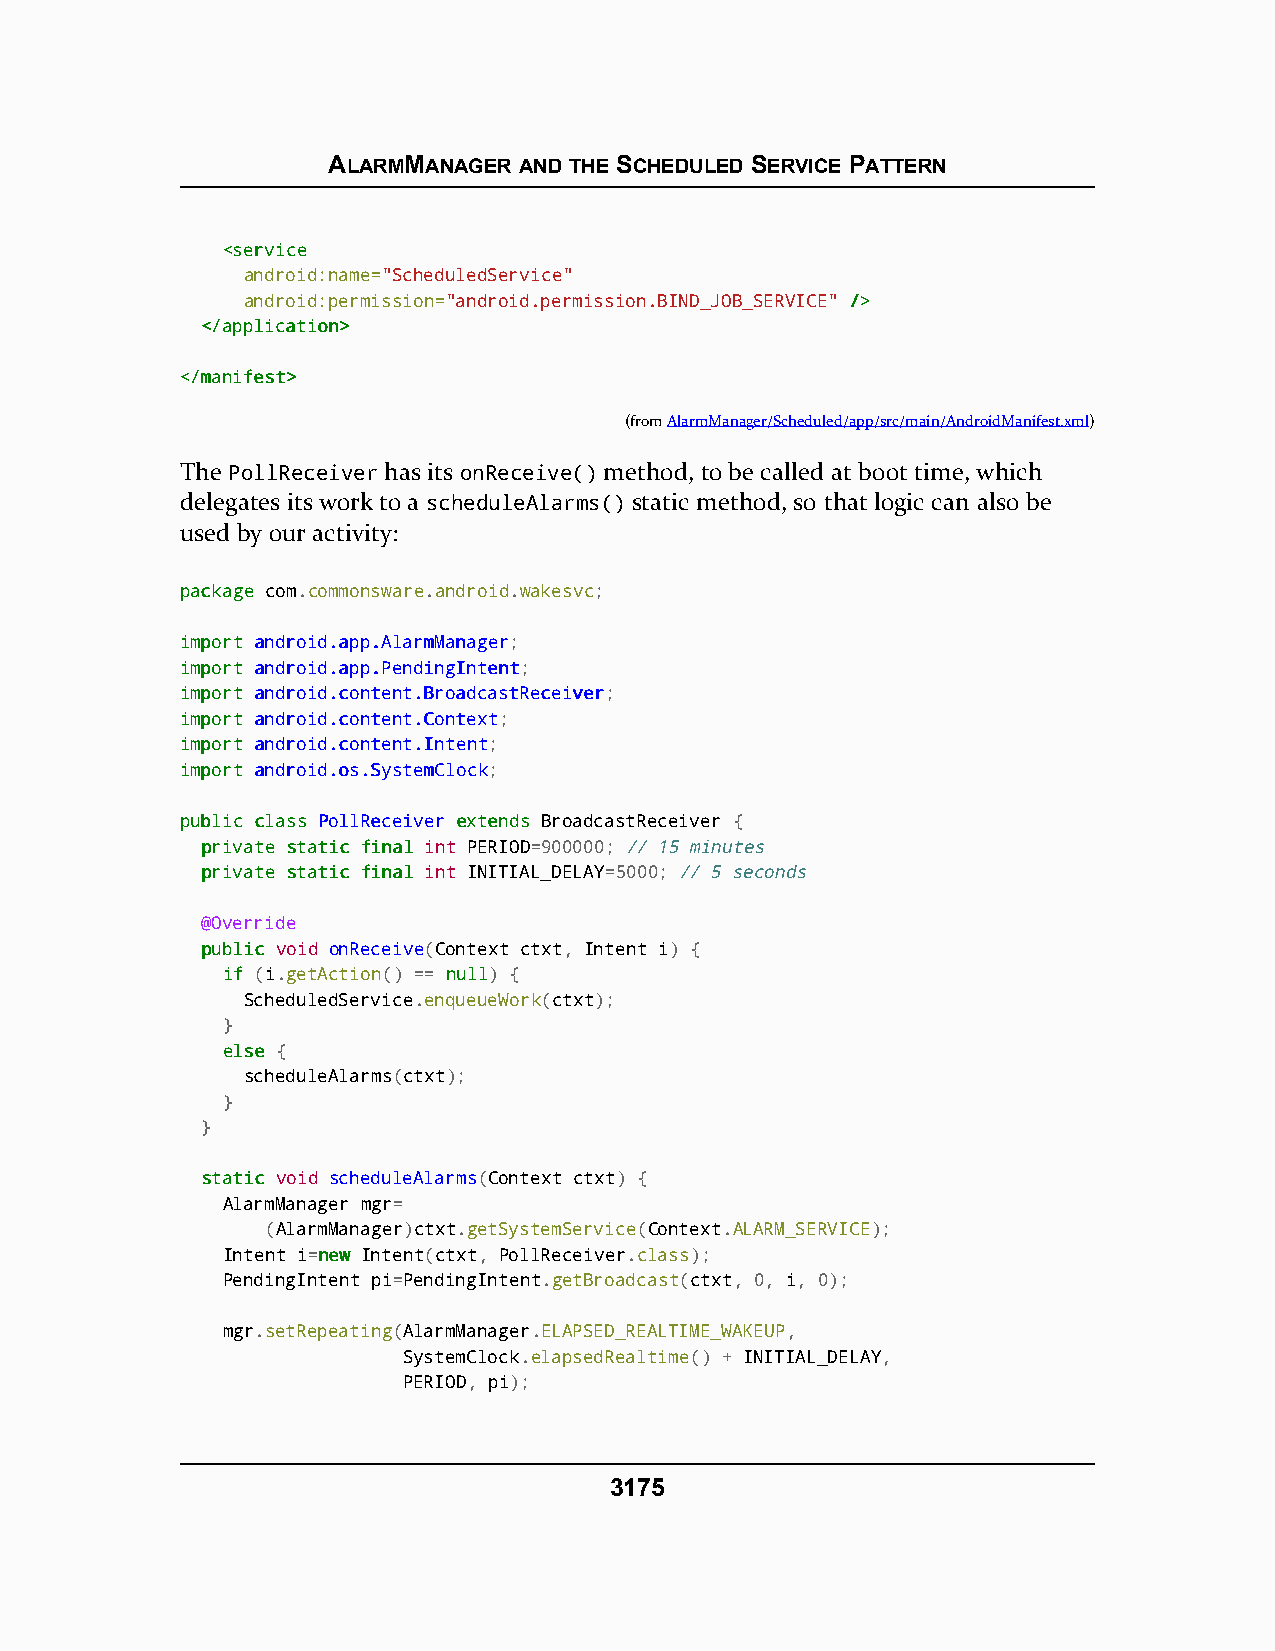
ALARMMANAGER AND THE SCHEDULED SERVICE PATTERN
 <<sseerrvviiccee
 android:name="ScheduledService"
 android:permission="android.permission.BIND_JOB_SERVICE" //>>
 <<//aapppplliiccaattiioonn>>
 <<//mmaanniiffeesstt>>
 (fromAlarmManager/Scheduled/app/src/main/AndroidManifest.xml)
 The PollReceiver has its onReceive() method, to be called at boot time, which
 delegates its work to a scheduleAlarms() static method, so that logic can also be
 used by our activity:
 ppaacckkaaggee com.commonsware.android.wakesvc;
 iimmppoorrtt aannddrrooiidd..aapppp..AAllaarrmmMMaannaaggeerr;
 iimmppoorrtt aannddrrooiidd..aapppp..PPeennddiinnggIInntteenntt;
 iimmppoorrtt aannddrrooiidd..ccoonntteenntt..BBrrooaaddccaassttRReecceeiivveerr;
 iimmppoorrtt aannddrrooiidd..ccoonntteenntt..CCoonntteexxtt;
 iimmppoorrtt aannddrrooiidd..ccoonntteenntt..IInntteenntt;
 iimmppoorrtt aannddrrooiidd..ooss..SSyysstteemmCClloocckk;
 ppuubblliicc ccllaassss PPoollllRReecceeiivveerr eexxtteennddss BroadcastReceiver {
 pprriivvaattee ssttaattiicc ffiinnaall int PERIOD=900000; // 15 minutes
 pprriivvaattee ssttaattiicc ffiinnaall int INITIAL_DELAY=5000; // 5 seconds
 @Override
 ppuubblliicc void onReceive(Context ctxt, Intent i) {
 iiff (i.getAction() == nnuullll) {
 ScheduledService.enqueueWork(ctxt);
 }
 eellssee {
 scheduleAlarms(ctxt);
 }
 }
 ssttaattiicc void scheduleAlarms(Context ctxt) {
 AlarmManager mgr=
 (AlarmManager)ctxt.getSystemService(Context.ALARM_SERVICE);
 Intent i=nneeww Intent(ctxt, PollReceiver.class);
 PendingIntent pi=PendingIntent.getBroadcast(ctxt, 0, i, 0);
 mgr.setRepeating(AlarmManager.ELAPSED_REALTIME_WAKEUP,
 SystemClock.elapsedRealtime() + INITIAL_DELAY,
 PERIOD, pi);
 3175